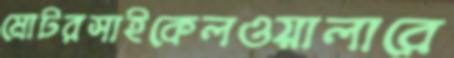
মোটরসাইকেলওয়ালারে